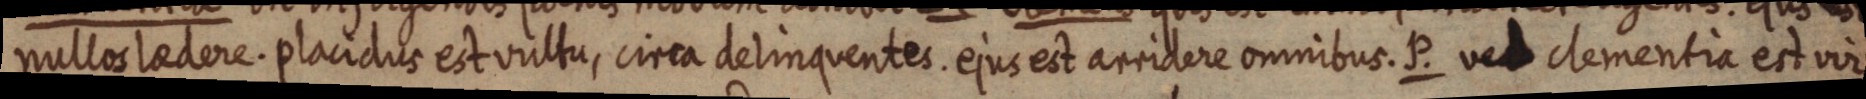
nullos laedere. placidus est vultu, circa delinquentes. ejus est arridere omnibus. P. vel clementia est vir